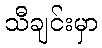
သီချင်းမှာ